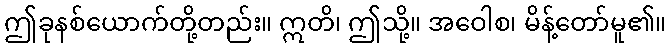
ဤခုနစ်ယောက်တို့တည်း။ ဣတိ၊ ဤသို့။ အဝေါစ၊ မိန့်တော်မူ၏။